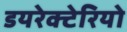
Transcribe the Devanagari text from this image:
डयरेक्टेरियो